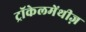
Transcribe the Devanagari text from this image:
ट्रॉकेलमेंथीज़